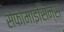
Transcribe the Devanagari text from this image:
सेफामाइसिन्स